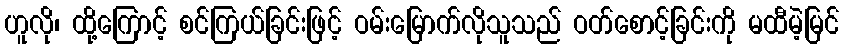
ဟူလို၊ ထို့ကြောင့် စင်ကြယ်ခြင်းဖြင့် ဝမ်းမြောက်လိုသူသည် ဝတ်စောင့်ခြင်းကို မထီမဲ့မြင်